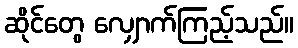
ဆိုင်တွေ လျှောက်ကြည့်သည်။